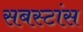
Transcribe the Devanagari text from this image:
सबस्टांस